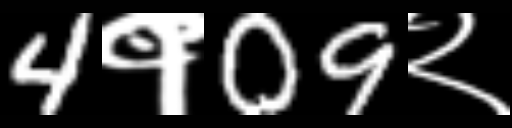
Text: 4१09२